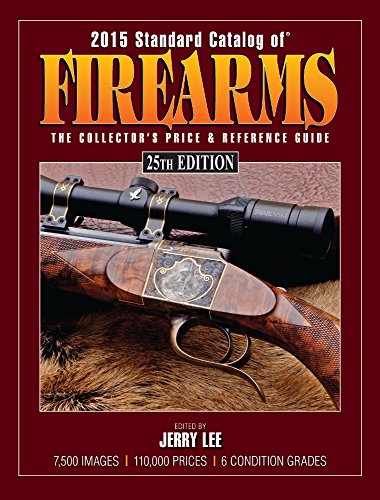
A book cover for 2015 Standard Catalog of Firearms: The Collector's Price & Reference Guide; Crafts, Hobbies & Home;